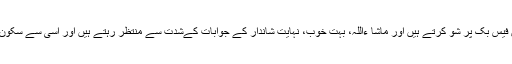
لوگ اپنی بڑی بڑی تصویریں فیس بک پر شو کرتے ہیں اور ماشا ءاللہ، بہت خوب، نہایت شاندار کے جوابات کےشدت سے منتظر رہتے ہیں اور اسی سے سکون و طمانیت حاصل کرتے ہیں۔